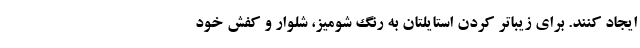
ایجاد کنند. برای زیباتر کردن استایلتان به رنگ شومیز، شلوار و کفش خود